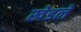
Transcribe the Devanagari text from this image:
खेडले